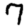
Digit: 7